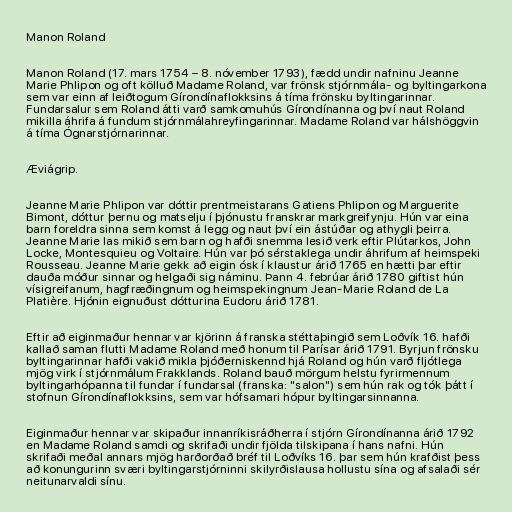
Manon Roland

Manon Roland (17. mars 1754 – 8. nóvember 1793), fædd undir nafninu Jeanne
Marie Phlipon og oft kölluð Madame Roland, var frönsk stjórnmála- og byltingarkona
sem var einn af leiðtogum Gírondínaflokksins á tíma frönsku byltingarinnar.
Fundarsalur sem Roland átti varð samkomuhús Gírondínanna og því naut Roland
mikilla áhrifa á fundum stjórnmálahreyfingarinnar. Madame Roland var hálshöggvin
á tíma Ógnarstjórnarinnar.

Æviágrip.

Jeanne Marie Phlipon var dóttir prentmeistarans Gatiens Phlipon og Marguerite
Bimont, dóttur þernu og matselju í þjónustu franskrar markgreifynju. Hún var eina
barn foreldra sinna sem komst á legg og naut því ein ástúðar og athygli þeirra.
Jeanne Marie las mikið sem barn og hafði snemma lesið verk eftir Plútarkos, John
Locke, Montesquieu og Voltaire. Hún var þó sérstaklega undir áhrifum af heimspeki
Rousseau. Jeanne Marie gekk að eigin ósk í klaustur árið 1765 en hætti þar eftir
dauða móður sinnar og helgaði sig náminu. Þann 4. febrúar árið 1780 giftist hún
vísigreifanum, hagfræðingnum og heimspekingnum Jean-Marie Roland de La
Platière. Hjónin eignuðust dótturina Eudoru árið 1781.

Eftir að eiginmaður hennar var kjörinn á franska stéttaþingið sem Loðvík 16. hafði
kallað saman flutti Madame Roland með honum til Parísar árið 1791. Byrjun frönsku
byltingarinnar hafði vakið mikla þjóðerniskennd hjá Roland og hún varð fljótlega
mjög virk í stjórnmálum Frakklands. Roland bauð mörgum helstu fyrirmennum
byltingarhópanna til fundar í fundarsal (franska: "salon") sem hún rak og tók þátt í
stofnun Gírondínaflokksins, sem var hófsamari hópur byltingarsinnanna.

Eiginmaður hennar var skipaður innanríkisráðherra í stjórn Gírondínanna árið 1792
en Madame Roland samdi og skrifaði undir fjölda tilskipana í hans nafni. Hún
skrifaði meðal annars mjög harðorðað bréf til Loðvíks 16. þar sem hún krafðist þess
að konungurinn sværi byltingarstjórninni skilyrðislausa hollustu sína og afsalaði sér
neitunarvaldi sínu.